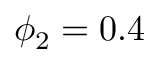
\phi _ { 2 } = 0 . 4